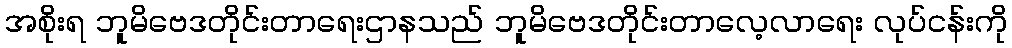
အစိုးရ ဘူမိဗေဒတိုင်းတာရေးဌာနသည် ဘူမိဗေဒတိုင်းတာလေ့လာရေး လုပ်ငန်းကို